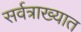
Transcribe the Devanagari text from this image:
सर्वत्राख्यात